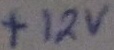
Text: +12V